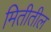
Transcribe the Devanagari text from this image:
मितीतील